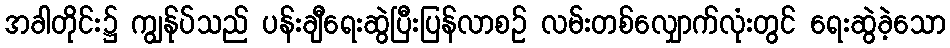
အခါတိုင်း၌ ကျွန်ုပ်သည် ပန်းချီရေးဆွဲပြီးပြန်လာစဉ် လမ်းတစ်လျှောက်လုံးတွင် ရေးဆွဲခဲ့သော